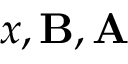
x , \mathbf { B } , \mathbf { A }